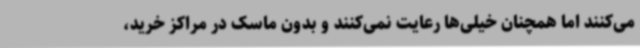
می‌کنند اما همچنان خیلی‌ها رعایت نمی‌کنند و بدون ماسک در مراکز خرید،